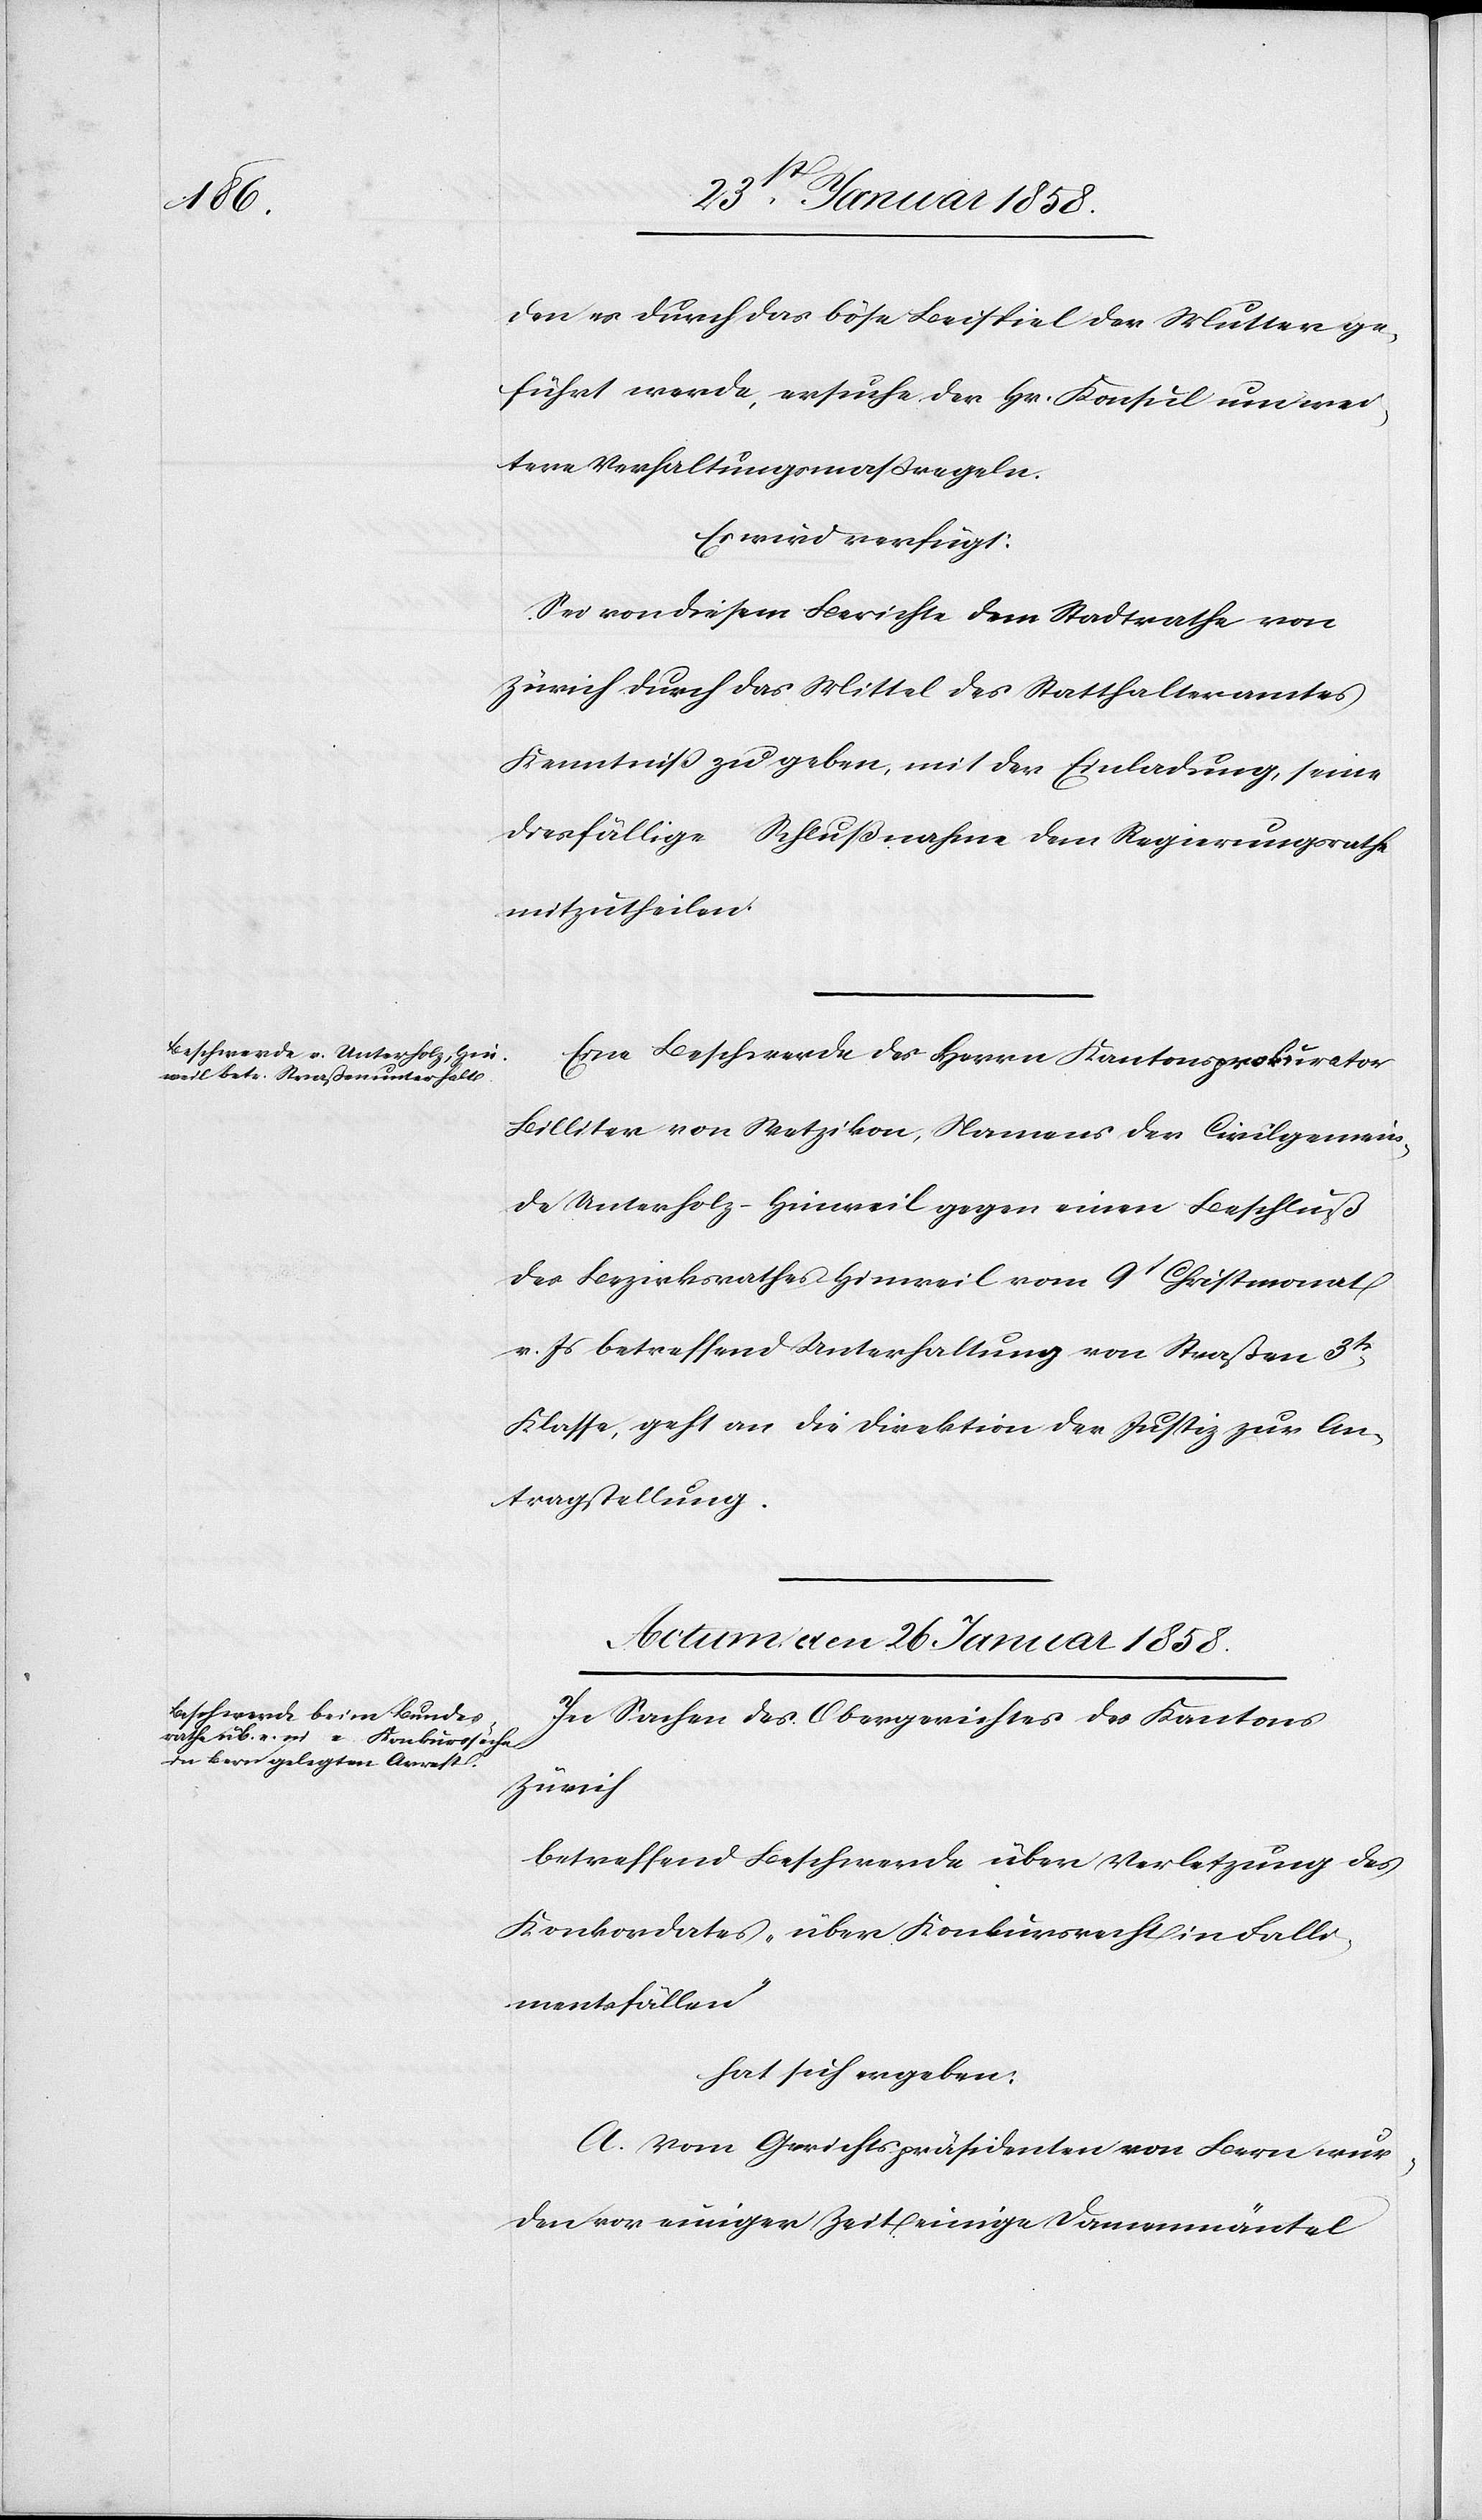
den er durch das böse Beispiel der Mutter ge¬
führt werde, ersuche der Hr. Konsul um wei¬
tere Verhaltungsmaßregeln.
Es wird verfügt:
Sei von diesem Berichte dem Stadtrathe von
Zürich durch das Mittel des Statthalteramtes
Kenntniß zu geben, mit der Einladung, seine
diesfällige Schlußnahme dem Regierungsrathe
mitzutheilen.
Eine Beschwerde des Herrn Kantonsprokurator
Billiter von Wetzikon, Namens der Civilgemein¬
de Unterholz-Hinweil gegen einen Beschluß
des Bezirksrathes Hinweil vom 9t Christmonat
v. Js. betreffend Unterhaltung von Straßen 3tr
Klasse, geht an die Direktion der Justiz zur An¬
tragstellung.
Actum, den 26. Januar 1858.
In Sachen des Obergerichtes des Kantons
Zürich
betreffend Beschwerde über Verletzung des
Konkordates, über Konkursrecht in Falli¬
mentsfällen
hat sich ergeben:
A. Vom Gerichtspräsidenten von Bern wur¬
den vor einiger Zeit einige Damenmäntel